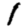
Digit: 1